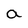
Character: a